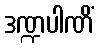
ဒဏ္ဍပါဏိံ